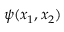
\psi ( x _ { 1 } , x _ { 2 } )